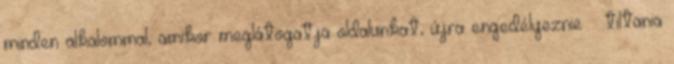
minden alkalommal, amikor meglátogatja oldalunkat, újra engedélyeznie tiltania